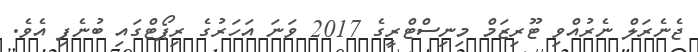
ޖެނެރަލް ނެރުއްވި ޓޫރިޒަމް މިނިސްޓްރީގެ 2017 ވަނަ އަހަރުގެ ރިޕޯޓްގައި ބުނެފި އެވެ.